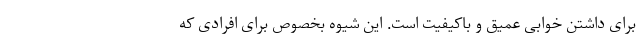
برای داشتن خوابی عمیق و باکیفیت است. این شیوه بخصوص برای افرادی که